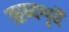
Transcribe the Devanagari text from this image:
ऋष्यशृर्घैं